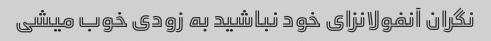
نگران آنفولانزای خود نباشید به زودی خوب میشی